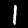
Label: 1